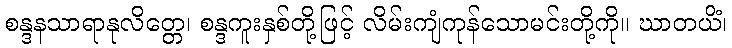
စန္ဒနသာရာနုလိတ္တေ၊ စန္ဒကူးနှစ်တို့ဖြင့် လိမ်းကျံကုန်သောမင်းတို့ကို။ ဃာတယိံ၊